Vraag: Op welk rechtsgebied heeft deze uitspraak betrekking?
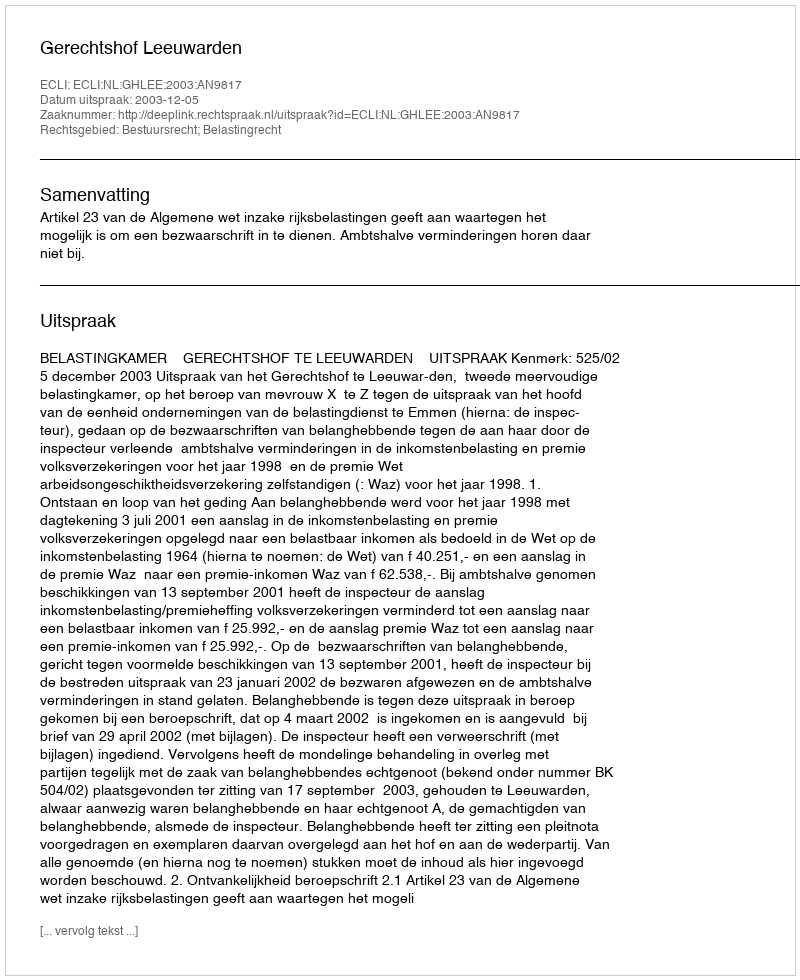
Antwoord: Bestuursrecht; Belastingrecht